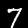
Label: 7